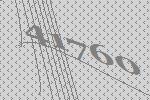
41760